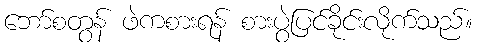
ဘော်စတွန် ဖဲကစားရန် စားပွဲပြင်ခိုင်းလိုက်သည်။